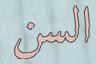
السن